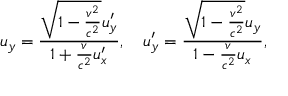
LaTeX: u _ { y } = { \frac { { \sqrt { 1 - { \frac { v ^ { 2 } } { c ^ { 2 } } } } } u _ { y } ^ { \prime } } { 1 + { \frac { v } { c ^ { 2 } } } u _ { x } ^ { \prime } } } , \quad u _ { y } ^ { \prime } = { \frac { { \sqrt { 1 - { \frac { v ^ { 2 } } { c ^ { 2 } } } } } u _ { y } } { 1 - { \frac { v } { c ^ { 2 } } } u _ { x } } } ,